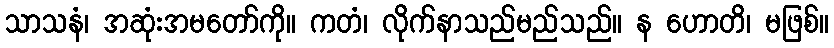
သာသနံ၊ အဆုံးအမတော်ကို။ ကတံ၊ လိုက်နာသည်မည်သည်။ န ဟောတိ၊ မဖြစ်။